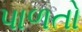
પાળતો